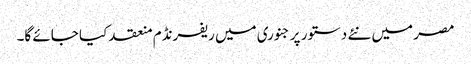
مصر میں نئے دستور پر جنوری میں ریفرنڈم منعقد کیا جائے گا۔